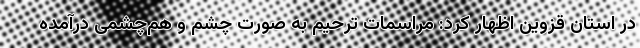
در استان قزوین اظهار کرد: مراسمات ترحیم به صورت چشم و هم‌چشمی درآمده